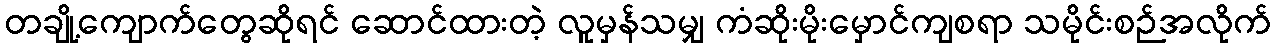
တချို့ကျောက်တွေဆိုရင် ဆောင်ထားတဲ့ လူမှန်သမျှ ကံဆိုးမိုးမှောင်ကျစရာ သမိုင်းစဉ်အလိုက်